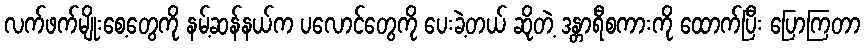
လက်ဖက်မျိုးစေ့တွေကို နမ့်ဆန်နယ်က ပလောင်တွေကို ပေးခဲ့တယ် ဆိုတဲ့ ဒန္တာရီစကားကို ထောက်ပြီး ပြောကြတာ